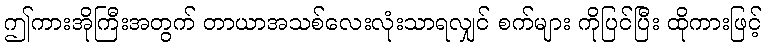
ဤကားအိုကြီးအတွက် တာယာအသစ်လေးလုံးသာရလျှင် စက်များ ကိုပြင်ပြီး ထိုကားဖြင့်